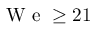
\mathrm { ~ W ~ e ~ } \geq 2 1